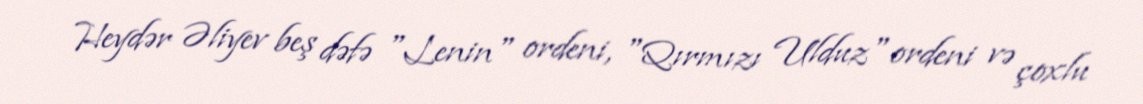
Heydər Əliyev beş dəfə "Lenin" ordeni, "Qırmızı Ulduz" ordeni və çoxlu